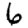
Digit: 6